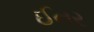
ઈનર